Civil Veterinary Department Bengal reports 1923-33 - 1923-1933
Year: 1923
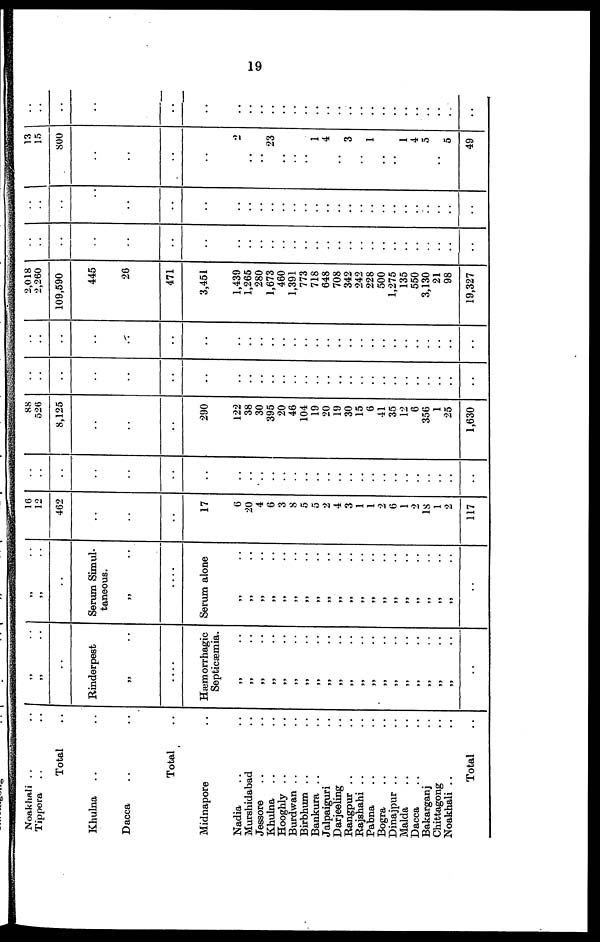
19
Noakhali .. ..
Tippera .. ..
Total ..
Khulna .. ..
Dacca .. ..
Total ..
Midnapore ..
Nadia .. ..
Murshidabad ..
Jessore .. ..
Khulna .. ..
Hooghly .. ..
Burdwan .. ..
Birbhum .. ..
Bankura .. ..
Jalpaiguri ..
Darjeeling ..
Rangpur .. ..
Rajshahi .. ..
Pabna .. ..
Bogra .. ..
Dinajpur .. ..
Malda .. ..
Dacca .. ..
Bakarganj ..
Chittagong ..
Noakhali .. ..
Total ..
„ ..
„ ..
..
Rinderpest
„ ..
....
Hæmorrhagic
Septicæmia
„ ..
„ ..
„ ..
„ ..
„ ..
„
..
„ ..
„ ..
„ ..
„ ..
„ ..
„ ..
„ ..
„ ..
„ ..
„ ..
„ ..
„ ..
„ ..
„ ..
..
„ ..
„ ..
..
Serum Simul
taneous.
„ ..
....
Serum alone
„ ..
„ ..
„ ..
„ ..
„ ..
„ ..
„ ..
„ ..
„ ..
„ ..
„ ..
„ ..
„ ..
„ ..
„ ..
„ ..
„ ..
„ ..
„ ..
„ ..
..
16
12
462
..
..
..
..
17
6
20
4
6
3
8
5
5
2
4
3
1
1
2
6
1
2
18
1
2
117
..
..
..
..
..
..
..
..
..
..
..
..
..
..
..
..
..
..
..
..
..
..
..
..
..
..
88
526
8,125
..
..
..
..
290
122
38
30
395
20
46
104
19
20
19
30
15
6
41
35
12
6
356
1
25
1,630
..
..
..
..
..
..
..
..
..
..
..
..
..
..
..
..
..
..
..
..
..
..
..
..
..
..
..
..
..
..
..
..
..
..
..
..
..
..
..
..
..
..
..
..
..
..
..
..
..
..
..
..
..
..
..
..
..
..
..
..
2,018
2,260
109,590
445
..
26
471
3,451
..
1,439
1,265
280
1,673
460
1,391
773
718
648
708
342
242
228
500
1,275
135
550
3,130
21
98
19,327
..
..
..
..
..
..
..
..
..
..
..
..
..
..
..
..
..
..
..
..
..
..
..
..
..
..
..
..
..
..
..
..
..
..
..
..
..
..
..
..
..
..
..
..
..
..
..
..
..
..
..
..
..
..
..
..
..
..
..
..
13
15
800
..
..
..
..
..
..
2
..
..
23
..
..
..
1
4
..
3
..
1
..
..
1
4
5
..
5
49
..
..
..
..
..
..
..
..
..
..
..
..
..
..
..
..
..
..
..
..
..
..
..
..
..
..
..
..
..
..